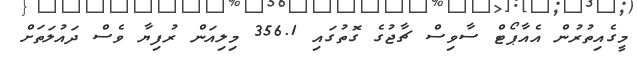
މީގެއިތުރުން އެއާޕޯޓް ސާވިސް ޗާޖުގެ ގޮތުގައި 356.1 މިލިއަން ރުފިޔާ ވެސް ދައުލަތަށް